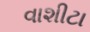
વાશીટા